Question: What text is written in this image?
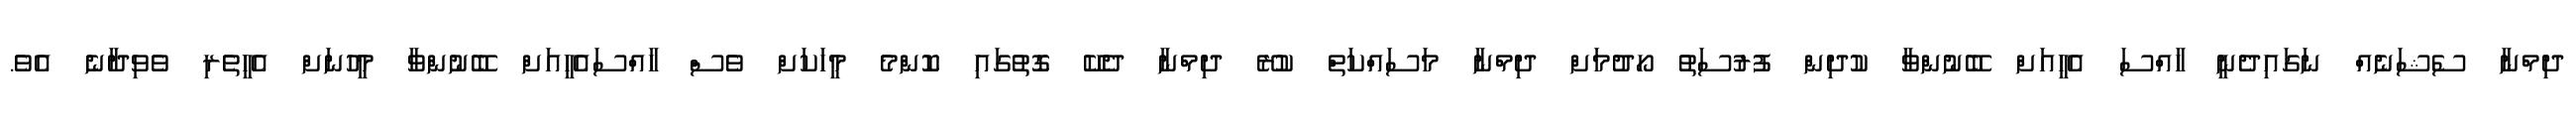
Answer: ދިމްނާ ސެޝަނެއް ނަގައިދެނީ ހާއްސަ އެހީއަށް ބޭނުންވާ ކުދިން ފުރުސަތު ހޯދުމަށް ދިމްނާ މަސައްކަތް ކުރޭ ދިމްނާ ދެކޭ ގޮތުގައި ކޮންމެ މީހަކަށް ވެސް ހާއްސައެހީއަށް ބޭނުންވާ މީހުނަށް އެހީތެރި ވެވިދާނެ އެވެ.